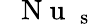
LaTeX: \mathrm{~\textit~{~N~u~}~}_{\mathrm s}